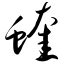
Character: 蝰